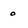
Character: o